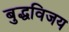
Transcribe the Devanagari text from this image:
बुद्धविजय